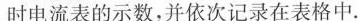
时电流表的示数，并依次记录在表格中。